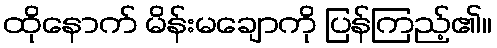
ထိုနောက် မိန်းမချောကို ပြန်ကြည့်၏။